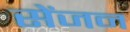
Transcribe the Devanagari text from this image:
सेंजन